Sketch of the medical history of the native army of Bombay, for the year
Year: 1876
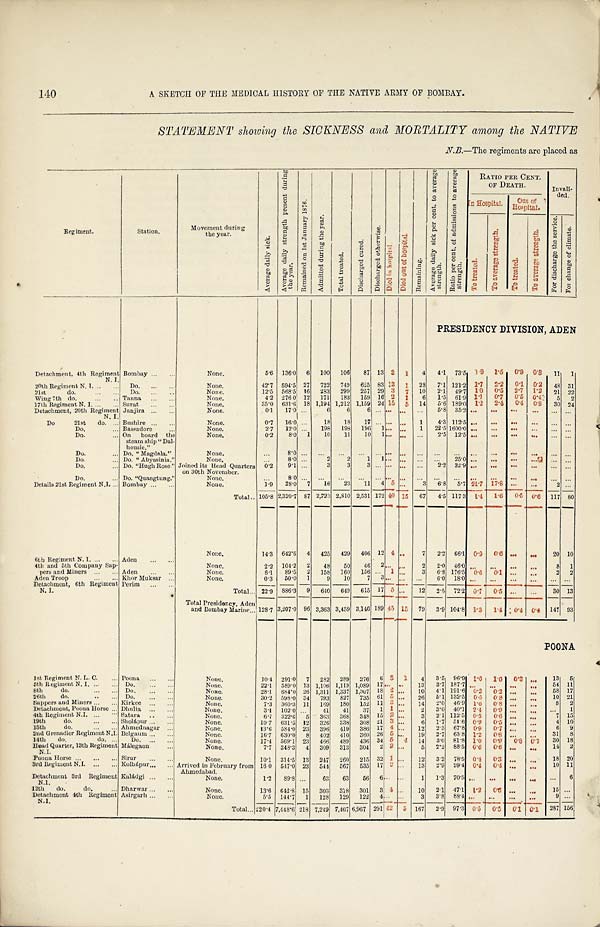
140
A SKETCH OF THE MEDICAL HISTORY OF THE NATIVE ARMY OF BOMBAY.
STATEMENT showing the SICKNESS and MORTALITY among the NATIVE
Regiment.
St at i on.
Movement during
the year.
A v e r a g e d a i l y s i c k .
A v e r a g e d a i l y s t r e n g t h p r e s e n t d u r i n g t h e y e a r .
R e m a i n e d o n 1 s t J a n u a r y 1 8 7 6 .
A d m i t t e d d u r i n g t h e y e a r .
T o t a l t r e a t e d .
D i s c h a r g e d c u r e d .
D i s c h a r g e d o t h e r w i s e .
D i e d i n h o s p i t a l .
D i e d o u t o f h o s p i t a l .
R e m a i n i n g .
A v e r a g e d a i l y s i c k p e r c e n t . t o a v e r a g e s t r e n g t h .
R a t i o p e r c e n t . o f a d m i s s i o n s t o a v e r a g e s t r e n g t h .
RATIO PER CENT.
OF DEATH.
Invali- ded.
I n H o s p i t a l .
Outof
Hospi t al .
T o t r e a t e d .
T o a v e r a g e s t r e n g t h .
T o t r e a t e d .
T o a v e r a g e s t r e n g t h .
F o r d i s c h a r g e t h e s e r v i c e .
F o r c h a n g e o f c l i m a t e .
PRESIDENCY DIVISION, ADEN
Detachment, 4th Regiment N. I.
Bombay ...
None.
5.6 136.0 6 100 106 87 13 2 1 4 4.1 73.5 1.9
1 . 5 0.9 0 . 8 11 1
20th Regiment N. I. ... ... Do.
None.
42.7 594.5 27 722 749 625 83 13 1 28 7.1 121.2 1.7
2 . 2 0.1 0.2 48 31
21st
do.
Do.
None.
12.5 568.5 16 283 299 257 29 3 7 10 2.1 49.7 1.0 0.5 2.7 1.2 21 22
Wing 7th do.
... .. Tanna ...
None.
4.2 276.0 12 171 183 159 16 2 1 6 1.5 61.9 1.1 0.7 0.5 0.4 5 2
17th Regirnent N. I. ... ... Surat ...
None.
35.0 631.6 18 1,194 1,212 1,159 24 15 5 14 5.6 189.0 1.2 2.4 0.4 0 . 8 30 24
Detachment, 20th Regiment N.I.
Janjira ...
None.
0.1 17.0 . . 6 6
6 . . . . . . . . . . . .
5 . 8
3 5 . 2
. . . . . .
. . .
. . . . . . . . .
Do
21st do. ... Bushire ..
None.
0.7 16.0 . . . 18
1 8 17 . . . . . . . . . 1 4.3 112.5 . . . ...
. . .
. . . . . . . . .
Do.
... Bassadore ...
None.
2.7 12.01 ... 198 198 196 1 . . . . . . 1 22.5 1600.0 ...
. . . . . .
. . . . . . . . .
Do.
. On board the
steam ship " Dal-
housie."
None.
0. 2
8.0 1 10 11 10 1 . . . . . . . . . 2.5 12.5 . . .
. . .
. . .
. . . . . . . . .
Do.
... Do. " Magdala."
None.
...
8 . 0 . . . . . .
. . .
. . . . . . . . . . . . . . . . . .
. . .
. . . . . . . . .
. . . . . . . . .
Do.
... Do. "Abyssinia."
None.
. . . 8.0 ...
2 2 1 1 . . . . . . . . . . . .
. . .
. . . . . . . . .
. . . . . . . . .
Do. ...
Do. "Hugh Rose." Joined its Head Quarters
on 30th November.
0.2 9.1 ...
3 3
3 . . . . . . . . . . . . 2.2 32.9
. . . . . . . . .
. . . . . .
. . .
Do.
... Do. "Quangtung."
None.
. . . 8.0 ...
. . .
. . .
. . . . . . . . . . . . . . .
. . .
. . .
. . . . . . . . .
. . . . . . . . .
Details 21st Regiment N.I. ... Bombay ...
None.
1.9 28.0 7 16 23 11 4 5 . . . 3 6.8 5.7 21.7 17.8 ...
. . . 2 . . .
Total 105.8 2,320.7 87 2,723 2,810 2,531 172 4 0 15 67 4.5 117.3 1.4 1.6 0.5
0 . 6
117 80
6th Regiment N. I. ... ... Aden ...
None.
14.3 642.6 4 425 429 406 12
4
. . 7 2.2 66.1 0.9
0 . 6 . . .
. . . 20 10
4th and 5th Company Sup-
pers and Miners ... ...
None.
2.2 104.2 2 48 50 46 2 . . .
. . . 2
2 . 0
4 6 . 0
. . . . . . . . .
. . . 8 1
Aden ... ...
None.
6.1 89.5 2 158 160 156 ... 1 ... 3 6.8 176.5 0.6 0.1 ...
. . . 2 2
Aden Troop
... ... Khor Muksar ...
None.
0.3 50.0 1
9
1 0
7 3 . . . . . . . . .
6 . 0
1 8 . 0
. . . . . . . . .
. . . ... ...
Detachment, 6th Regiment
N. I.
Perim
Total ...
___
22.9 886.3 9 640 649 615 17 5 . . . 12 2.5 72.2 0.7 0.5
. . .
. . . 30 13
Total Presidency, Aden
and Bombay Marine 128.7 3,207.0 96 3,363 3,459 3,146 189 45 15 79 3.9 104.8 1.3 1.4
0 . 4
0 . 4 1 4 7 --93
POONA
1st Regiment N. L. C. .. Poona ...
None.
10.4 291.0 7 282 289 276 6
3 1 4 3.5 96.9 1 . 0
1 . 0 0.3 . . . 13 5
5th Regiment N. I. .. ... Do. ...
None.
22.1 589.0 13 1,106 1,119 1,089 17 . . . . . . 13 3.7 187.7 . . .
. . . . . .
. . . 54 11
8th
do.
Do.
None.
28.1 684.0 26 1,311 1,337 1,307 18 2 . . . 10 4.1 191.6 0.2 0.2 ...
. . . 58 17
26th do.
Do.
None.
30.2 598.0 34 793 827 735 61 5 . . . 26 5.1 132.5 0 . 6 0.8 ...
. . . 10 21
Sappers and Miners ... ... Kirkee ...
None.
7.3 360.3 11 169 180 152 11 3 ... 14 2.0 46.9 1 . 6 0.8 ...
. . . 8 2
Detachment, Poona Horse .. Dhulia ...
None.
3.1 102.0 . . . 41 41 37 1 1 ... 2 3.0
4 0 . 1 2.4 0.9 ... ...
. . . 1
4th Regiment N.I. ...
Satara ..
None.
6.7 322.6 5 363 368 348 15 2 . . . 3 2.1 112.5 0.5 0.6 . . .
. . . 7 15
19th
do.
... ... Sholápur ...
None.
10.7 631.5 12 326 338 308 21 3 . . . 6 1.7 51.6 0.9 0.5 ... ... 4 10
15th
do.
... ... Ahmednagar ...
None.
13.6 584.0 23 396 419 386 17 4 . . . 12 2.3 67.8 0.9 0.7 ...
. . . 6 9
2nd Grenadier Regiment N.I. Belgaum ... ...
None.
16.7 630.0 8 402 410 360 26 5 . . . 19 2.7 63.8 1.2 0.8 . . . ... 31 8
14th do.
Do.
None.
17.4 569.1 23 466 489 436 34 5 4 14 3.0 81.8 1.0 0.9 0.8 0 . 7 30 18
Head Quarter, 13th Regiment
N.I.
Málegaon
None.
7.7 348.3 4 309 313 304 2 2 . . . 5 2.2 88.5 0.6 0.6 . . .
. . . 14 2
Poona Horse ... ... ... Sirur ...
None.
10.1 314.5 13 247 260 215 32 1 . . . 12 3.2 78.5 0.4 0.3 . . .
. . . 18 20
3rd Regiment N. I. ... ... Kolhápur. ... Arrived in February from
Ahmedabad.
16.0 547.0 23 544 567 535 17 2 . . . 13 2.9
9 9 . 4 0.4 0.4 ...
. . . 10 11
Detachment 3rd Regiment
N.I.
Kaládgi ...
None.
1.2 89.8 ... 63 63 56 6 . . .
. . . 1 1.3 70.5
. . . . . . . . .
. . . . . . 6
12th do. do.
... Dharwar ..
None.
13.6 642.8 15 303 318 301 3 4 .. 10 2.1 47.1 1.2
0 . 6 . . .
. . . 15 . . .
Detachment 4th Regiment
N . I .
Asirgarh ..
None.
5.5 144.7 1 128 129 122 4 . . . . . . 3
3 . 8
8 8 . 4
. . . . . . . . .
. . . 9 . . .
Total 220.4 7,448.6 218 7,249 7,467 6,967 291 4 2 5 167 2.9 97.3 0.5
0 . 5
0 . 1 0 . 1 287 156